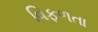
વિફળતા